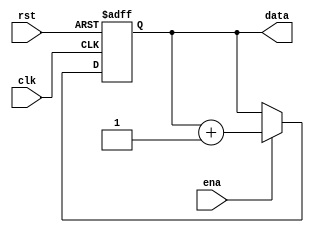
 module sigin(data, clk, ena, rst);
 input clk, ena, rst; 
 output [7:0] data; 
 reg [7:0] data;

 always @ (posedge clk or negedge rst)
 begin
  if (!rst)
  data = 8'b0;
  else if (ena)
  data = data + 8'b1;
 end
endmodule